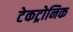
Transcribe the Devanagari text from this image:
टेकट्रोनिक